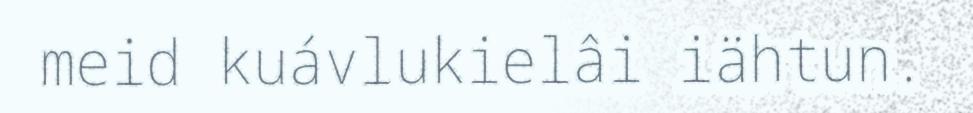
meid kuávlukielâi iähtun.